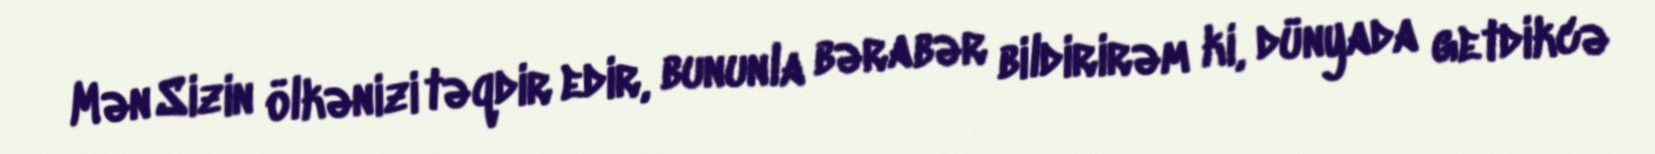
Mən Sizin ölkənizi təqdir edir, bununla bərabər bildirirəm ki, dünyada getdikcə